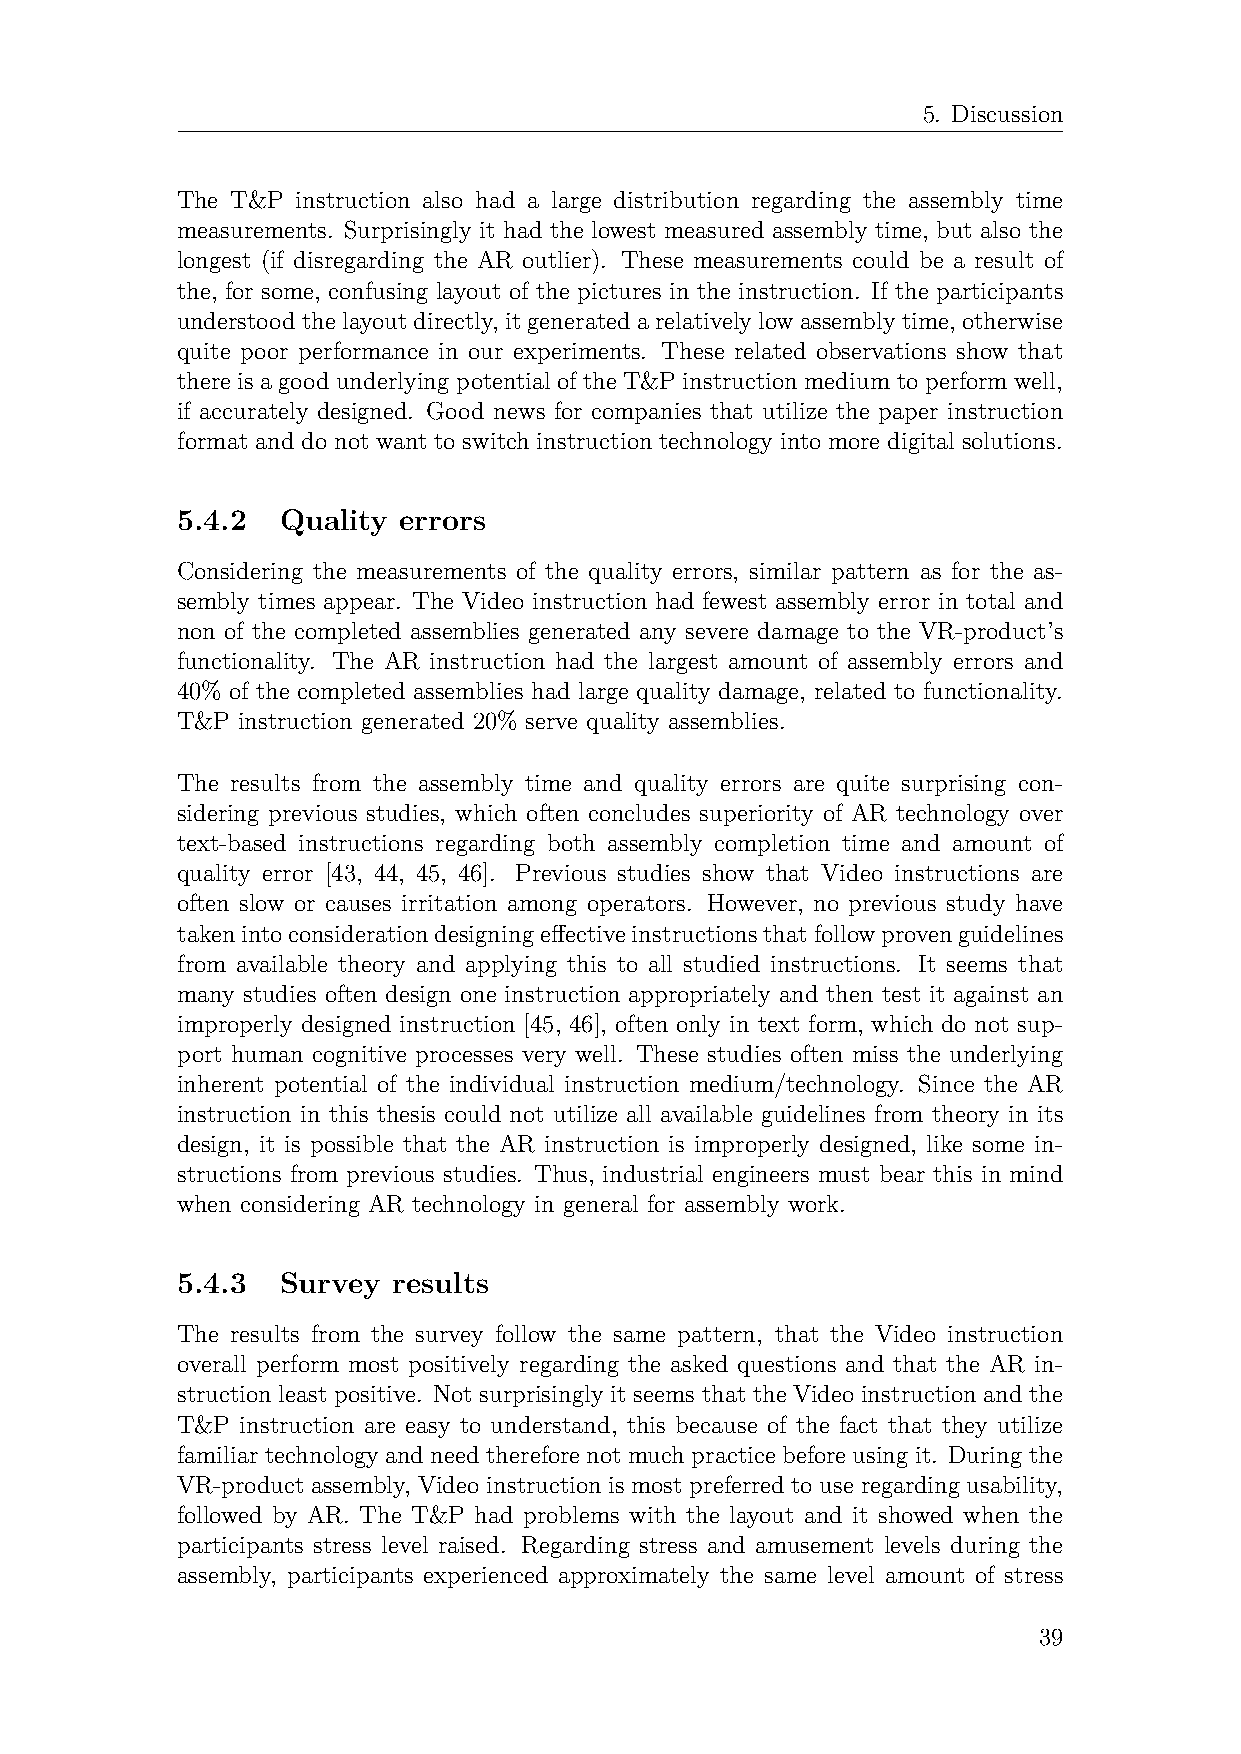
5. Discussion
 The T&P instruction also had a large distribution regarding the assembly time
 measurements. Surprisingly it had the lowest measured assembly time, but also the
 longest (if disregarding the AR outlier). These measurements could be a result of
 the, for some, confusing layout of the pictures in the instruction. If the participants
 understoodthelayoutdirectly, itgeneratedarelativelylowassemblytime, otherwise
 quite poor performance in our experiments. These related observations show that
 there is a good underlying potential of the T&P instruction medium to perform well,
 if accurately designed. Good news for companies that utilize the paper instruction
 format and do not want to switch instruction technology into more digital solutions.
 5.4.2  Quality errors
 Considering the measurements of the quality errors, similar pattern as for the as-
 sembly times appear. The Video instruction had fewest assembly error in total and
 non of the completed assemblies generated any severe damage to the VR-product’s
 functionality. The AR instruction had the largest amount of assembly errors and
 40% of the completed assemblies had large quality damage, related to functionality.
 T&P instruction generated 20% serve quality assemblies.
 The results from the assembly time and quality errors are quite surprising con-
 sidering previous studies, which often concludes superiority of AR technology over
 text-based instructions regarding both assembly completion time and amount of
 quality error [43, 44, 45, 46]. Previous studies show that Video instructions are
 often slow or causes irritation among operators. However, no previous study have
 takenintoconsiderationdesigningeffectiveinstructionsthatfollowprovenguidelines
 from available theory and applying this to all studied instructions. It seems that
 many studies often design one instruction appropriately and then test it against an
 improperly designed instruction [45, 46], often only in text form, which do not sup-
 port human cognitive processes very well. These studies often miss the underlying
 inherent potential of the individual instruction medium/technology. Since the AR
 instruction in this thesis could not utilize all available guidelines from theory in its
 design, it is possible that the AR instruction is improperly designed, like some in-
 structions from previous studies. Thus, industrial engineers must bear this in mind
 when considering AR technology in general for assembly work.
 5.4.3  Survey results
 The results from the survey follow the same pattern, that the Video instruction
 overall perform most positively regarding the asked questions and that the AR in-
 struction least positive. Not surprisingly it seems that the Video instruction and the
 T&P instruction are easy to understand, this because of the fact that they utilize
 familiar technology and need therefore not much practice before using it. During the
 VR-product assembly, Video instruction is most preferred to use regarding usability,
 followed by AR. The T&P had problems with the layout and it showed when the
 participants stress level raised. Regarding stress and amusement levels during the
 assembly, participants experienced approximately the same level amount of stress
 39